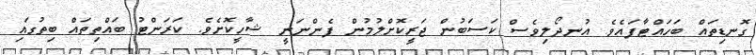
ގޮނޑިތައް ބަހައްޓާފައެވެ. އުނދޯލިވެސް ކަސަބުން ޖަރީކޮށްލުމުން ފެންނަނީ ޝާހީކޮށެވެ. ކަރަންޓު ބައްތިތައް ބިތުގައި